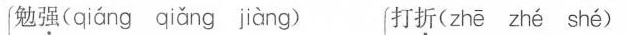
勉强( qiáng qiǎng jiàng ) 打折( zhē zhé shé )